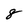
Character: 8